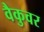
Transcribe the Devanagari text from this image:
वैकुवर